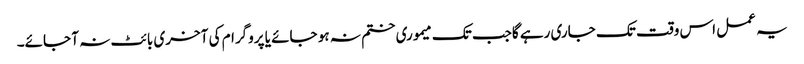
یہ عمل اس وقت تک جاری رہے گاجب تک میموری ختم نہ ہو جائے یا پروگرام کی آخری بائٹ نہ آ جائے۔